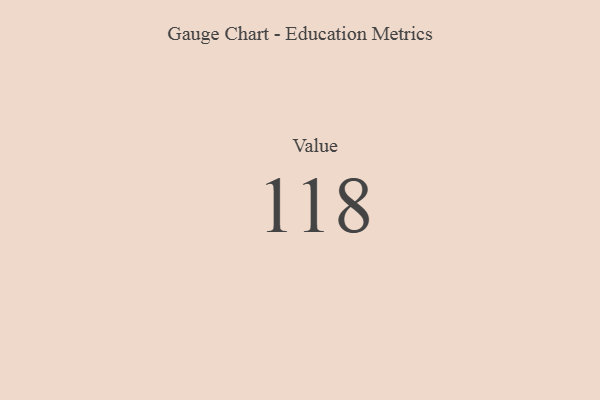
{"axis": {"x": "Metric", "y": "Value"}, "legend": [""], "data": [{"x": "Value", "y": 118, "type": ""}]}